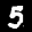
Label: 5